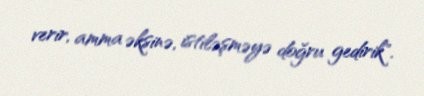
verir, amma əksinə, istiləşməyə doğru gedirik".